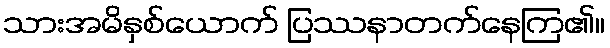
သားအမိနှစ်ယောက် ပြဿနာတက်နေကြ၏။